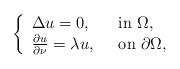
\begin{align*}\left\{\begin{array}{ll}\Delta u =0 ,\ \ & {\rm in}\ \Omega,\\\frac{\partial u}{\partial \nu }=\lambda u ,\ \ & {\rm on}\ \partial \Omega,\end{array}\right.\end{align*}